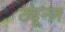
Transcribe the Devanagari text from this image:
ट्यून्ज़